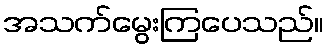
အသက်မွေးကြပေသည်။